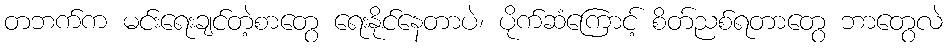
တဘက်က မင်းရေးချင်တဲ့စာတွေ ရေးနိုင်နေတာပဲ၊ ပိုက်ဆံကြောင့် စိတ်ညစ်ရတာတွေ ဘာတွေလဲ